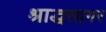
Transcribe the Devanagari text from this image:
श्राद्धसागर